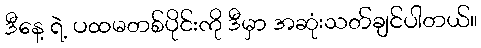
ဒီနေ့ ရဲ့ ပထမတစ်ပိုင်းကို ဒီမှာ အဆုံးသတ်ချင်ပါတယ်။